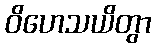
ဝိဟေသယိတွာ